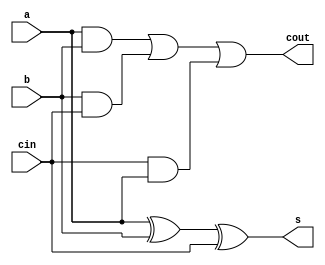
// 
/*
1-bita, b, cin
1-bits, cout
*/
//module fa(a, b, cin , s, cout );
//input a, b, cin;
//output s, cout;
module fa(
input a, b, cin ,
output s, cout
);
assign s = a ^ b ^ cin;
assign cout = (a & b) | (b & cin ) | ( cin & a);
endmodule